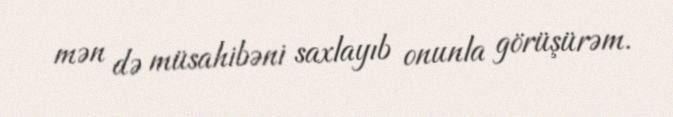
mən də müsahibəni saxlayıb onunla görüşürəm.